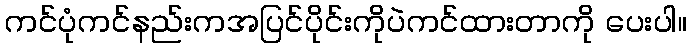
ကင်ပုံကင်နည်းကအပြင်ပိုင်းကိုပဲကင်ထားတာကို ပေးပါ။